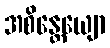
အစိန္တေယျော